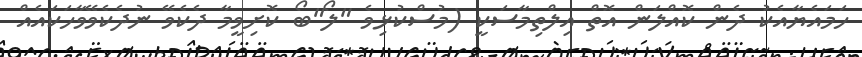
ހަމައެޔާއެކު ދެން ކޮއްލަން އޮތް އިލްތިމާސަކީ (މުސްކުޅިވެ "ލޯ"ބޯ ކޮށިވީމާ ދެކެވޭ ނުދެކެވޭވާހަކައެއް